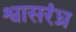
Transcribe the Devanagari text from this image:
श्वासरंध्र